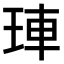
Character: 𤥭